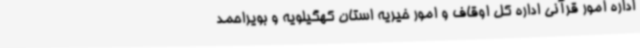
اداره امور قرآنی اداره کل اوقاف و امور خیریه استان کهگیلویه و بویراحمد